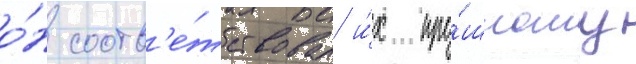
о́н соотв'е́тствовал и́х про́шлому